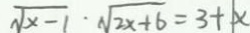
\sqrt { x - 1 } \cdot \sqrt { 2 x + 6 } = 3 + \vert x